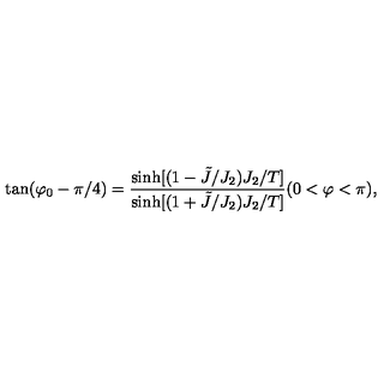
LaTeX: \tan ( \varphi _ { 0 } - \pi / 4 ) = { \frac { \sinh [ ( 1 - \tilde { J } / J _ { 2 } ) J _ { 2 } / T ] } { \sinh [ ( 1 + \tilde { J } / J _ { 2 } ) J _ { 2 } / T ] } } ( 0 < \varphi < \pi ) ,